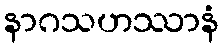
နာဂသဟဿာနံ